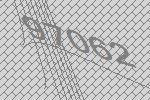
97062